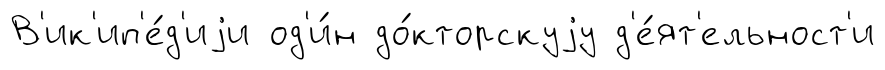
В'ик'ип'е́д'иjи од'и́н до́кторскуjу д'е́ят'ельност'и